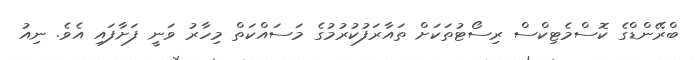
ބްރޭންޑްގެ ކޮސްމެޓިކްސް ރިސޯޓުތަކަށް ތައާރަފުކުރުމުގެ މަސައްކަތް މިހާރު ވަނީ ފަށާފައި އެވެ. ނިއު